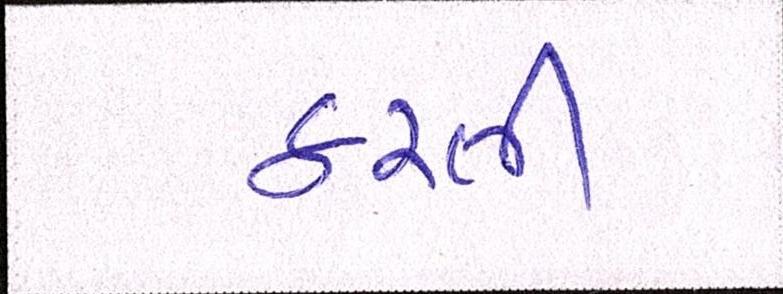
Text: કરતી